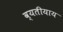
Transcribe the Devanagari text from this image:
व्यतीयाय